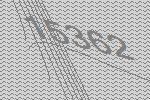
15362